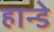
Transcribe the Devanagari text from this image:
हान्डे